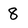
Character: 8